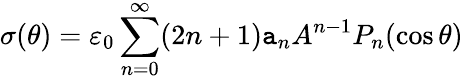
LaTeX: \sigma(\theta)=\varepsilon_{0}\sum_{n=0}^{\infty}(2n+1)\mathtt{a}_{n}A^{n-1}P_{n}(\cos\theta)